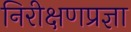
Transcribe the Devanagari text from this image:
निरीक्षणप्रज्ञा